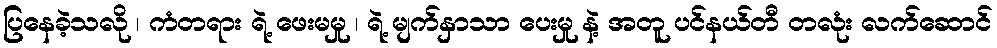
ပြနေခဲ့သလို ၊ ကံတရား ရဲ့ ဖေးမမှု ၊ ရဲ့ မျက်နှာသာ ပေးမှု နဲ့ အတူ ပင်နယ်တီ တလုံး လက်ဆောင်